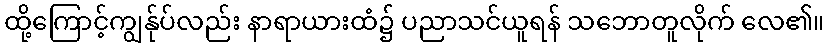
ထို့ကြောင့်ကျွန်ုပ်လည်း နာရာယားထံ၌ ပညာသင်ယူရန် သဘောတူလိုက် လေ၏။